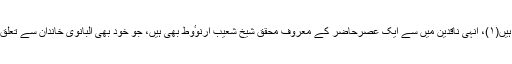
اپنی بعض منفرد تحقیقات کی بنا پر معاصر اہلِ علم کی تنقید کا نشانہ بنتے رہے ہیں(۱)، انہی ناقدین میں سے ایک عصرِحاضر کے معروف محقق شیخ شعیب ارنوٴوط بھی ہیں، جو خود بھی البانوی خاندان سے تعلق رکھتے ہیں اور ان کا خاندان بھی شام کی طرف ہجرت کر کے یہیں بس گیا تھا۔